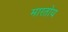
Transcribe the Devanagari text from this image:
मारतोय